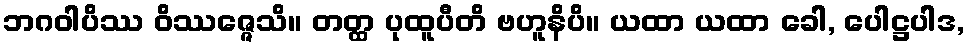
ဘဂဝါပိဿ ဝိဿဇ္ဇေသိ။ တတ္ထ ပုထူပီတိ ဗဟူနိပိ။ ယထာ ယထာ ခေါ, ပေါဋ္ဌပါဒ,